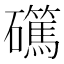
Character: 𥗖